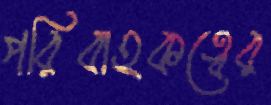
পরিবাহকত্বের